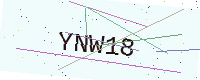
Text: YNW18